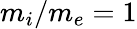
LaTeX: m_{i}/m_{e}=1